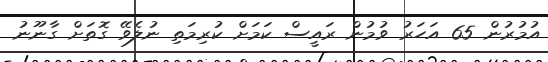
އުމުރުން 65 އަހަރު ވުމުން ރައީސް ކަމަށް ކުރިމަތި ނުލެވޭ ގޮތަށް ގާނޫނު